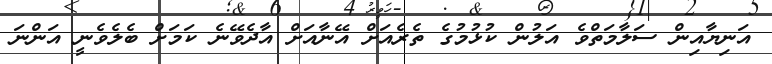
އަނިޔާއިން ސަލާމަތްވެ އަލުން ކުޅުމުގެ ތެރެއަށް އޭނާއަށް އާދެވޭނެ ކަމަށް ބެލެވެނީ އަންނަ